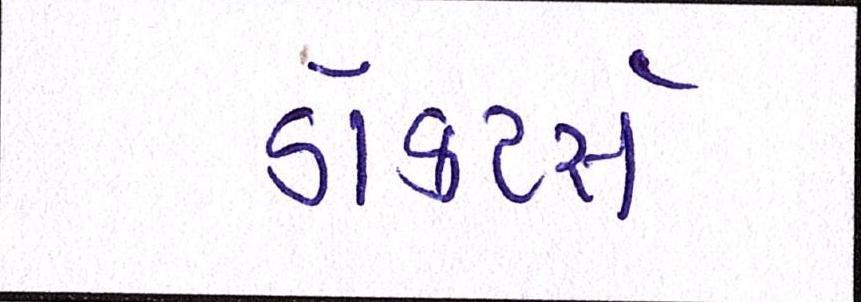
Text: ડૉક્ટર્સ